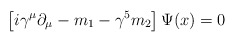
\begin{align*}\left [i\gamma^\mu \partial_\mu - m_1 - \gamma^5 m_2 \right ] \Psi (x) =0\,\end{align*}